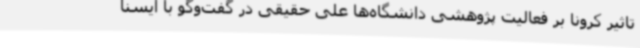
تاثیر کرونا بر فعالیت پژوهشی دانشگاه‌ها علی حقیقی در گفت‌وگو با ایسنا